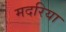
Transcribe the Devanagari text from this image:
मदरिया